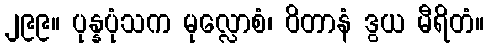
၂၉၉။ ပုန္နပုံသက မုလ္လောစံ၊ ဝိတာနံ ဒွယ မီရိတံ။